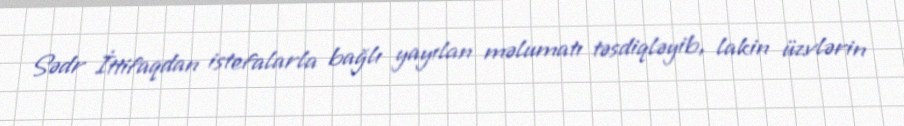
Sədr İttifaqdan istefalarla bağlı yayılan məlumatı təsdiqləyib, lakin üzvlərin